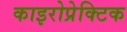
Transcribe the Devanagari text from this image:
काइरोप्रेक्टिक